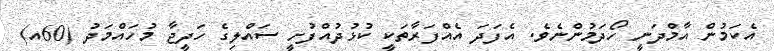
އެކަމުން އާމްދަނީ ހޯދަމުންނެވެ. އެފަދަ އެއްފަރާތަކީ ކުޅުދުއްފުށީ ސައްލިގެ ހަދީޖާ މުހައްމަދު (60އ)